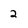
Character: 2